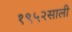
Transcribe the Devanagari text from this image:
१९५२साली